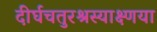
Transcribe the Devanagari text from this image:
दीर्घचतुरश्रस्याक्ष्णया